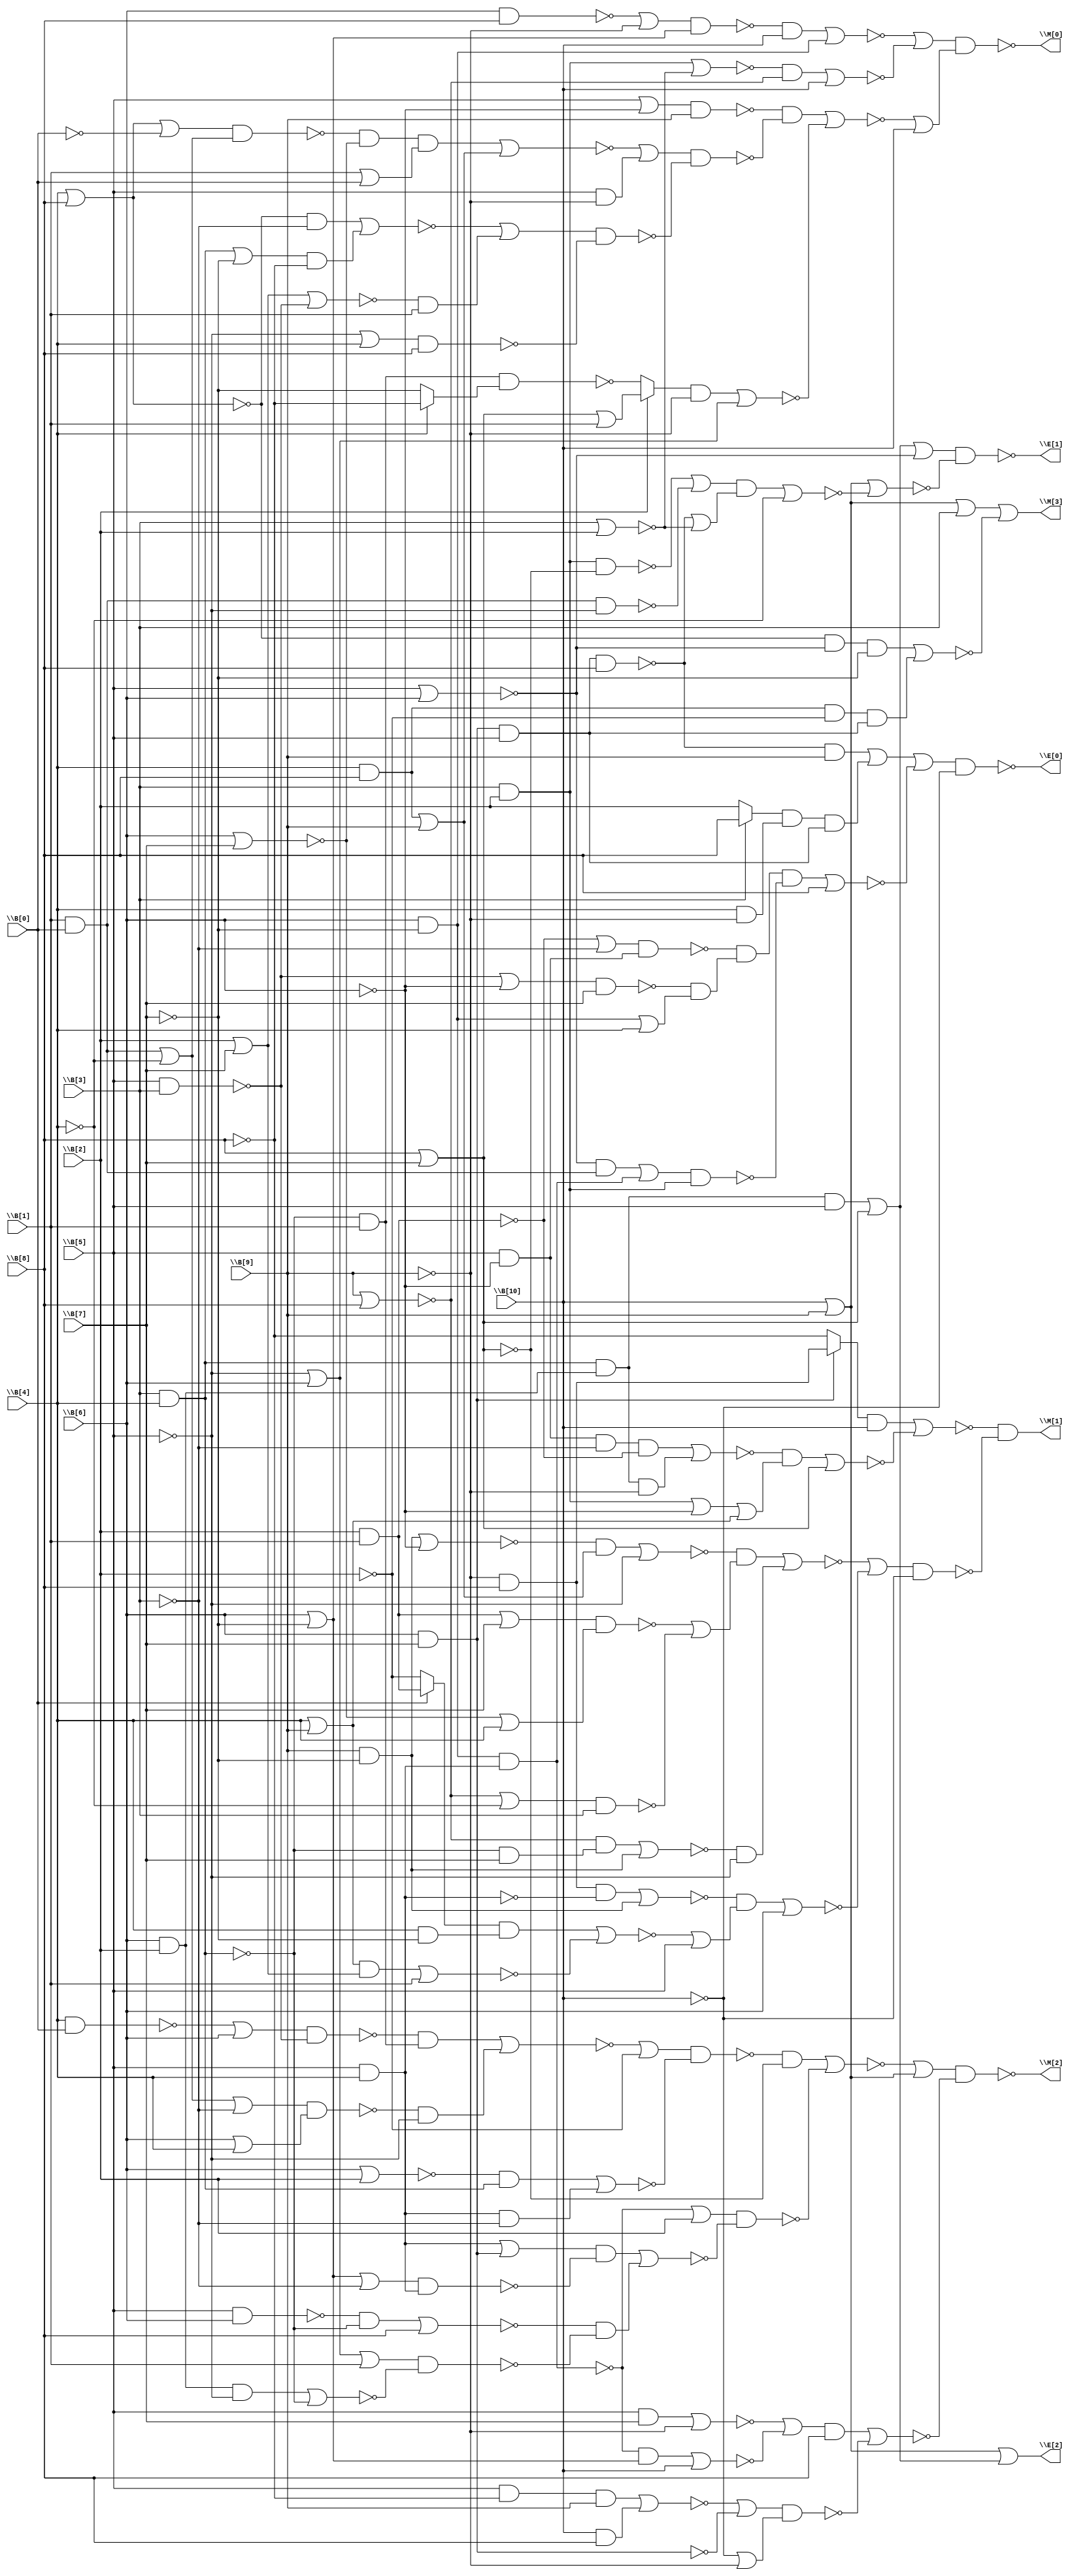
/* Generated by Yosys 0.7 (git sha1 61f6811, gcc 5.4.0-6ubuntu1~16.04.4 -O2 -fstack-protector-strong -fPIC -Os) */

(* top =  1  *)
(* src = "input/int2float.v:1" *)
module top(\B[0] , \B[1] , \B[2] , \B[3] , \B[4] , \B[5] , \B[6] , \B[7] , \B[8] , \B[9] , \B[10] , \M[0] , \M[1] , \M[2] , \M[3] , \E[0] , \E[1] , \E[2] );
  wire _000_;
  wire _001_;
  wire _002_;
  wire _003_;
  wire _004_;
  wire _005_;
  wire _006_;
  wire _007_;
  wire _008_;
  wire _009_;
  wire _010_;
  wire _011_;
  wire _012_;
  wire _013_;
  wire _014_;
  wire _015_;
  wire _016_;
  wire _017_;
  wire _018_;
  wire _019_;
  wire _020_;
  wire _021_;
  wire _022_;
  wire _023_;
  wire _024_;
  wire _025_;
  wire _026_;
  wire _027_;
  wire _028_;
  wire _029_;
  wire _030_;
  wire _031_;
  wire _032_;
  wire _033_;
  wire _034_;
  wire _035_;
  wire _036_;
  wire _037_;
  wire _038_;
  wire _039_;
  wire _040_;
  wire _041_;
  wire _042_;
  wire _043_;
  wire _044_;
  wire _045_;
  wire _046_;
  wire _047_;
  wire _048_;
  wire _049_;
  wire _050_;
  wire _051_;
  wire _052_;
  wire _053_;
  wire _054_;
  wire _055_;
  wire _056_;
  wire _057_;
  wire _058_;
  wire _059_;
  wire _060_;
  wire _061_;
  wire _062_;
  wire _063_;
  wire _064_;
  wire _065_;
  wire _066_;
  wire _067_;
  wire _068_;
  wire _069_;
  wire _070_;
  wire _071_;
  wire _072_;
  wire _073_;
  wire _074_;
  wire _075_;
  wire _076_;
  wire _077_;
  wire _078_;
  wire _079_;
  wire _080_;
  wire _081_;
  wire _082_;
  wire _083_;
  wire _084_;
  wire _085_;
  wire _086_;
  wire _087_;
  wire _088_;
  wire _089_;
  wire _090_;
  wire _091_;
  wire _092_;
  wire _093_;
  wire _094_;
  wire _095_;
  wire _096_;
  wire _097_;
  wire _098_;
  wire _099_;
  wire _100_;
  wire _101_;
  wire _102_;
  wire _103_;
  wire _104_;
  wire _105_;
  wire _106_;
  wire _107_;
  wire _108_;
  wire _109_;
  wire _110_;
  wire _111_;
  wire _112_;
  wire _113_;
  wire _114_;
  wire _115_;
  wire _116_;
  wire _117_;
  wire _118_;
  wire _119_;
  wire _120_;
  wire _121_;
  wire _122_;
  wire _123_;
  wire _124_;
  wire _125_;
  wire _126_;
  wire _127_;
  wire _128_;
  wire _129_;
  wire _130_;
  wire _131_;
  wire _132_;
  wire _133_;
  wire _134_;
  wire _135_;
  wire _136_;
  wire _137_;
  wire _138_;
  wire _139_;
  wire _140_;
  wire _141_;
  wire _142_;
  wire _143_;
  (* src = "input/int2float.v:5" *)
  input \B[0] ;
  (* src = "input/int2float.v:5" *)
  input \B[10] ;
  (* src = "input/int2float.v:5" *)
  input \B[1] ;
  (* src = "input/int2float.v:5" *)
  input \B[2] ;
  (* src = "input/int2float.v:5" *)
  input \B[3] ;
  (* src = "input/int2float.v:5" *)
  input \B[4] ;
  (* src = "input/int2float.v:5" *)
  input \B[5] ;
  (* src = "input/int2float.v:5" *)
  input \B[6] ;
  (* src = "input/int2float.v:5" *)
  input \B[7] ;
  (* src = "input/int2float.v:5" *)
  input \B[8] ;
  (* src = "input/int2float.v:5" *)
  input \B[9] ;
  (* src = "input/int2float.v:7" *)
  output \E[0] ;
  (* src = "input/int2float.v:7" *)
  output \E[1] ;
  (* src = "input/int2float.v:7" *)
  output \E[2] ;
  (* src = "input/int2float.v:7" *)
  output \M[0] ;
  (* src = "input/int2float.v:7" *)
  output \M[1] ;
  (* src = "input/int2float.v:7" *)
  output \M[2] ;
  (* src = "input/int2float.v:7" *)
  output \M[3] ;
  assign _066_ = ~(\B[5]  | \B[6] );
  assign _067_ = \B[8]  | \B[7] ;
  assign _068_ = \B[6]  & \B[2] ;
  assign _069_ = \B[3]  & \B[4] ;
  assign _070_ = _069_ & _068_;
  assign _071_ = _070_ & \B[5] ;
  assign _072_ = _071_ | _067_;
  assign _073_ = ~\B[4] ;
  assign _074_ = ~(\B[3]  | \B[2] );
  assign _075_ = \B[6]  & \B[7] ;
  assign _076_ = _075_ & \B[5] ;
  assign _077_ = ~(_076_ & \B[8] );
  assign _078_ = _077_ | _074_;
  assign _079_ = ~\B[5] ;
  assign _080_ = \B[1]  & \B[0] ;
  assign _081_ = ~(_080_ & _079_);
  assign _082_ = ~(\B[8]  | \B[7] );
  assign _083_ = \B[3]  & \B[2] ;
  assign _084_ = ~(_083_ & _082_);
  assign _085_ = _084_ | _081_;
  assign _086_ = ~((_085_ & _078_) | _073_);
  assign _087_ = \B[10]  | \B[9] ;
  assign _088_ = ~(_087_ | _086_);
  assign \E[1]  = ~((_072_ | _066_) & _088_);
  assign \E[2]  = _087_ | _072_;
  assign _089_ = ~\B[9] ;
  assign _090_ = _079_ | \B[6] ;
  assign _091_ = _067_ | \B[1] ;
  assign _092_ = ~\B[7] ;
  assign _093_ = ~\B[8] ;
  assign _094_ = _073_ ? _092_ : _093_;
  assign _095_ = ~(\B[3]  & \B[4] );
  assign _096_ = _095_ & \B[1] ;
  assign _097_ = ~(_096_ & _094_);
  assign _098_ = \B[2]  ? _091_ : _097_;
  assign _099_ = ~((_098_ & _089_) | _090_);
  assign _100_ = ~(\B[5]  & \B[3] );
  assign _101_ = \B[2]  | \B[7] ;
  assign _102_ = ~(_101_ | _100_);
  assign _103_ = _102_ & \B[1] ;
  assign _104_ = ~\B[3] ;
  assign _105_ = _069_ | _092_;
  assign _106_ = ~(\B[4]  | \B[8] );
  assign _107_ = ~((_106_ & _104_) | (_105_ & _093_));
  assign _108_ = ~((_079_ | \B[4] ) & \B[8] );
  assign _109_ = ~((_107_ | _103_) & _108_);
  assign _110_ = \B[5]  & _089_;
  assign _111_ = \B[1]  | \B[0] ;
  assign _112_ = ~(\B[6]  | \B[7] );
  assign _113_ = ~\B[0] ;
  assign _114_ = \B[4]  | \B[8] ;
  assign _115_ = ~((_114_ | _113_) & (_080_ | _073_));
  assign _116_ = _115_ & _112_;
  assign _117_ = \B[4]  & \B[8] ;
  assign _118_ = _117_ | \B[9] ;
  assign _119_ = ~((_116_ & _111_) | _118_);
  assign _120_ = ~((_119_ | _110_) & _109_);
  assign _121_ = ~\B[6] ;
  assign _122_ = ~((\B[5]  | _121_) & \B[9] );
  assign _123_ = ~((_122_ & _120_) | _099_);
  assign _124_ = ~(\B[9]  | \B[8] );
  assign _125_ = ~(_083_ | _074_);
  assign _126_ = ~((_125_ & _124_) | \B[10] );
  assign _127_ = \B[6]  & _092_;
  assign _128_ = ~(\B[6]  & \B[8] );
  assign _129_ = \B[6]  | _092_;
  assign _130_ = ~((_128_ | _089_) & _129_);
  assign _131_ = ~((_130_ & \B[10] ) | _127_);
  assign \M[0]  = ~((_131_ | _126_) & (_123_ | \B[10] ));
  assign _132_ = ~\B[10] ;
  assign _133_ = \B[4]  | \B[9] ;
  assign _134_ = ~((_133_ & _101_) | \B[1] );
  assign _135_ = \B[4]  & _092_;
  assign _136_ = ~\B[2] ;
  assign _137_ = \B[2]  & \B[1] ;
  assign _138_ = _113_ ? _136_ : _137_;
  assign _139_ = ~((_138_ & _135_) | _134_);
  assign _140_ = _139_ | \B[5] ;
  assign _141_ = ~(\B[5]  & \B[4] );
  assign _142_ = _089_ & \B[8] ;
  assign _143_ = \B[9]  & _092_;
  assign _000_ = ~((_142_ & _141_) | _143_);
  assign _001_ = ~((_000_ & _140_) | \B[6] );
  assign _002_ = ~((_124_ | _073_) & \B[3] );
  assign _003_ = ~((_137_ | \B[7] ) & (_112_ | \B[4] ));
  assign _004_ = _003_ | _002_;
  assign _005_ = _095_ & \B[7] ;
  assign _006_ = ~((_124_ & _005_) | _143_);
  assign _007_ = ~(_143_ | _121_);
  assign _008_ = ~((_007_ & _118_) | _079_);
  assign _009_ = ~((_008_ & _004_) | (_006_ & _079_));
  assign _010_ = ~((_009_ | _001_) & _132_);
  assign _011_ = ~_075_;
  assign _012_ = _011_ ? _093_ : _142_;
  assign _013_ = _083_ | _121_;
  assign _014_ = _013_ | _133_;
  assign _015_ = ~_137_;
  assign _016_ = \B[5]  & _121_;
  assign _017_ = _016_ & _104_;
  assign _018_ = ~((_017_ & _015_) | (_070_ & _089_));
  assign _019_ = ~((_018_ & _014_) | _067_);
  assign _020_ = ~((_012_ & \B[10] ) | _019_);
  assign \M[1]  = _020_ & _010_;
  assign _021_ = _080_ | _073_;
  assign _022_ = ~((_021_ | _104_) & (\B[6]  | \B[4] ));
  assign _023_ = ~(\B[4]  & \B[0] );
  assign _024_ = ~((_023_ | \B[6] ) & _100_);
  assign _025_ = ~((_024_ & _096_) | (_022_ & _079_));
  assign _026_ = \B[5]  & \B[4] ;
  assign _027_ = ~(\B[6]  | \B[2] );
  assign _028_ = ~((_027_ & _069_) | (_026_ & _104_));
  assign _029_ = ~((_025_ | _136_) & _028_);
  assign _030_ = ~(_127_ & _026_);
  assign _031_ = ~((_068_ & _079_) | _095_);
  assign _032_ = ~((_090_ | \B[1] ) & _031_);
  assign _033_ = ~(\B[5]  & \B[6] );
  assign _034_ = ~((_033_ & _095_) | \B[8] );
  assign _035_ = ~((_129_ | _104_) & _026_);
  assign _036_ = _026_ | _075_;
  assign _037_ = ~((_036_ & _035_) | (_034_ & _032_));
  assign _038_ = ~((_030_ | \B[2] ) & _037_);
  assign _039_ = ~((_029_ & _082_) | _038_);
  assign _040_ = ~((_030_ & _129_) | \B[10] );
  assign _041_ = ~((\B[5]  & \B[7] ) | _089_);
  assign _042_ = _041_ | _040_;
  assign _043_ = \B[5]  & _093_;
  assign _044_ = ~((_043_ & \B[9] ) | (\B[10]  & \B[8] ));
  assign _045_ = ~((_044_ | _011_) & (_132_ | _089_));
  assign _046_ = ~((_042_ & \B[8] ) | _045_);
  assign \M[2]  = ~((_039_ | _087_) & _046_);
  assign _047_ = _117_ & _136_;
  assign _048_ = _106_ & _066_;
  assign _049_ = ~((_048_ & _092_) | (_047_ & _076_));
  assign _050_ = _087_ | \B[3] ;
  assign \M[3]  = _050_ | _049_;
  assign _051_ = _127_ & _026_;
  assign _052_ = _066_ & _080_;
  assign _053_ = ~((_052_ | _051_) & _083_);
  assign _054_ = _127_ | \B[4] ;
  assign _055_ = ~((_100_ | _121_) & \B[7] );
  assign _056_ = _055_ & _054_;
  assign _057_ = ~((_015_ | _104_) & _016_);
  assign _058_ = _057_ & _056_;
  assign _059_ = ~((_058_ & _053_) | \B[8] );
  assign _060_ = \B[4]  & _089_;
  assign _061_ = \B[3]  ? \B[8]  : \B[2] ;
  assign _062_ = _061_ & _060_;
  assign _063_ = _062_ & _076_;
  assign _064_ = _077_ & \B[9] ;
  assign _065_ = _064_ | _063_;
  assign \E[0]  = ~((_065_ | _059_) & _132_);
endmodule